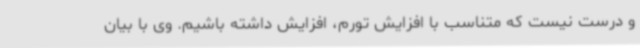
و درست نیست که متناسب با افزایش تورم، افزایش داشته باشیم. وی با بیان